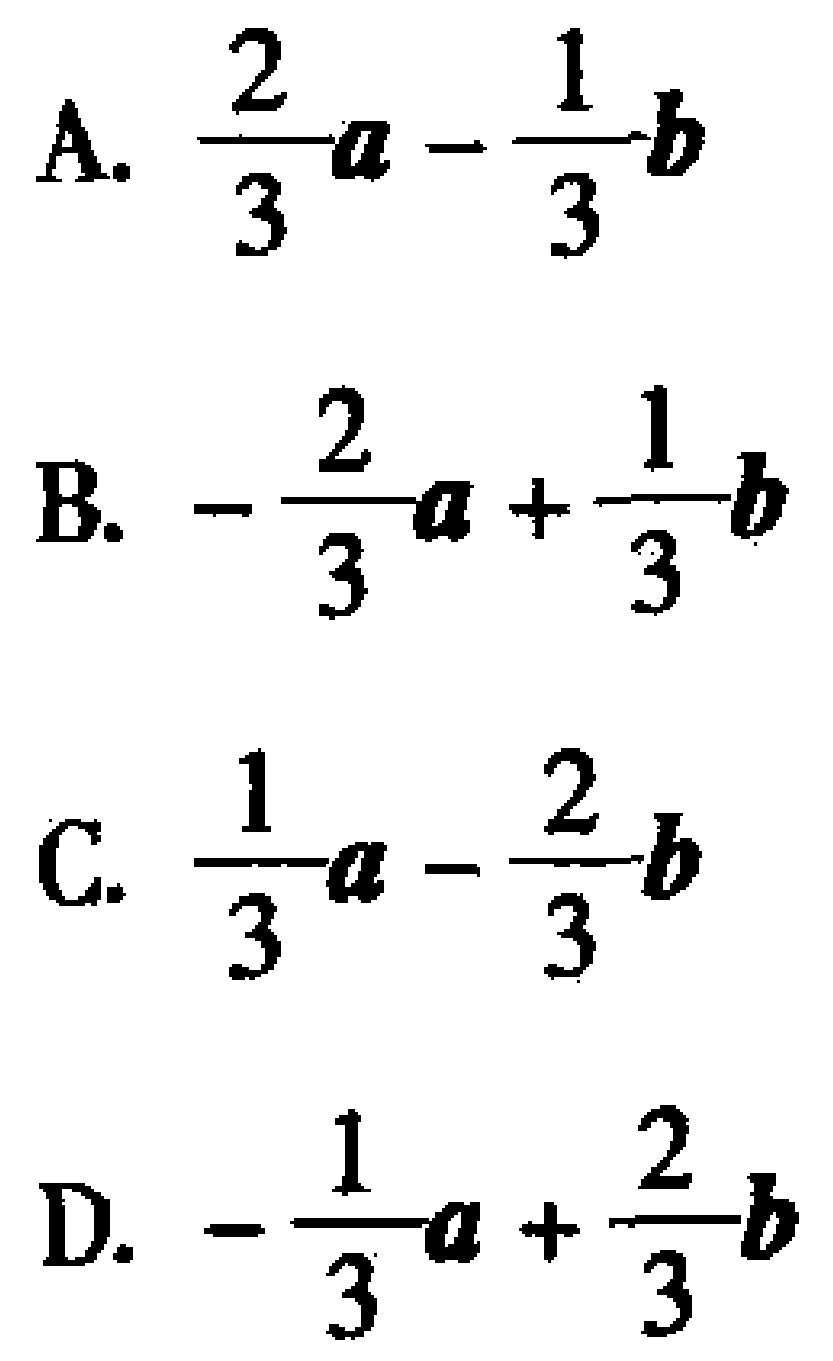
A. \(\frac{2}{3}a - \frac{1}{3}b\)
B. \(-\frac{2}{3}a + \frac{1}{3}b\)
C. \(\frac{1}{3}a - \frac{2}{3}b\)
D. \(-\frac{1}{3}a + \frac{2}{3}b\)